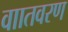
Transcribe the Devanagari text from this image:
वाातवरण